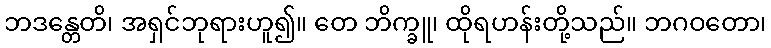
ဘဒန္တေတိ၊ အရှင်ဘုရားဟူ၍။ တေ ဘိက္ခူ၊ ထိုရဟန်းတို့သည်။ ဘဂဝတော၊